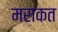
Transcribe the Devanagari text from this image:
मराकत